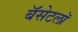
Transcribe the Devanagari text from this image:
बॅसेटलॉ